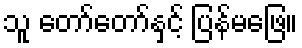
သူ တော်တော်နှင့် ပြန်မဖြေ။